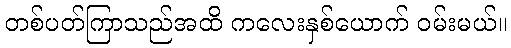
တစ်ပတ်ကြာသည်အထိ ကလေးနှစ်ယောက် ဝမ်းမယ်။